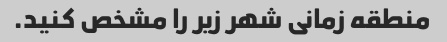
منطقه زمانی شهر زیر را مشخص کنید.